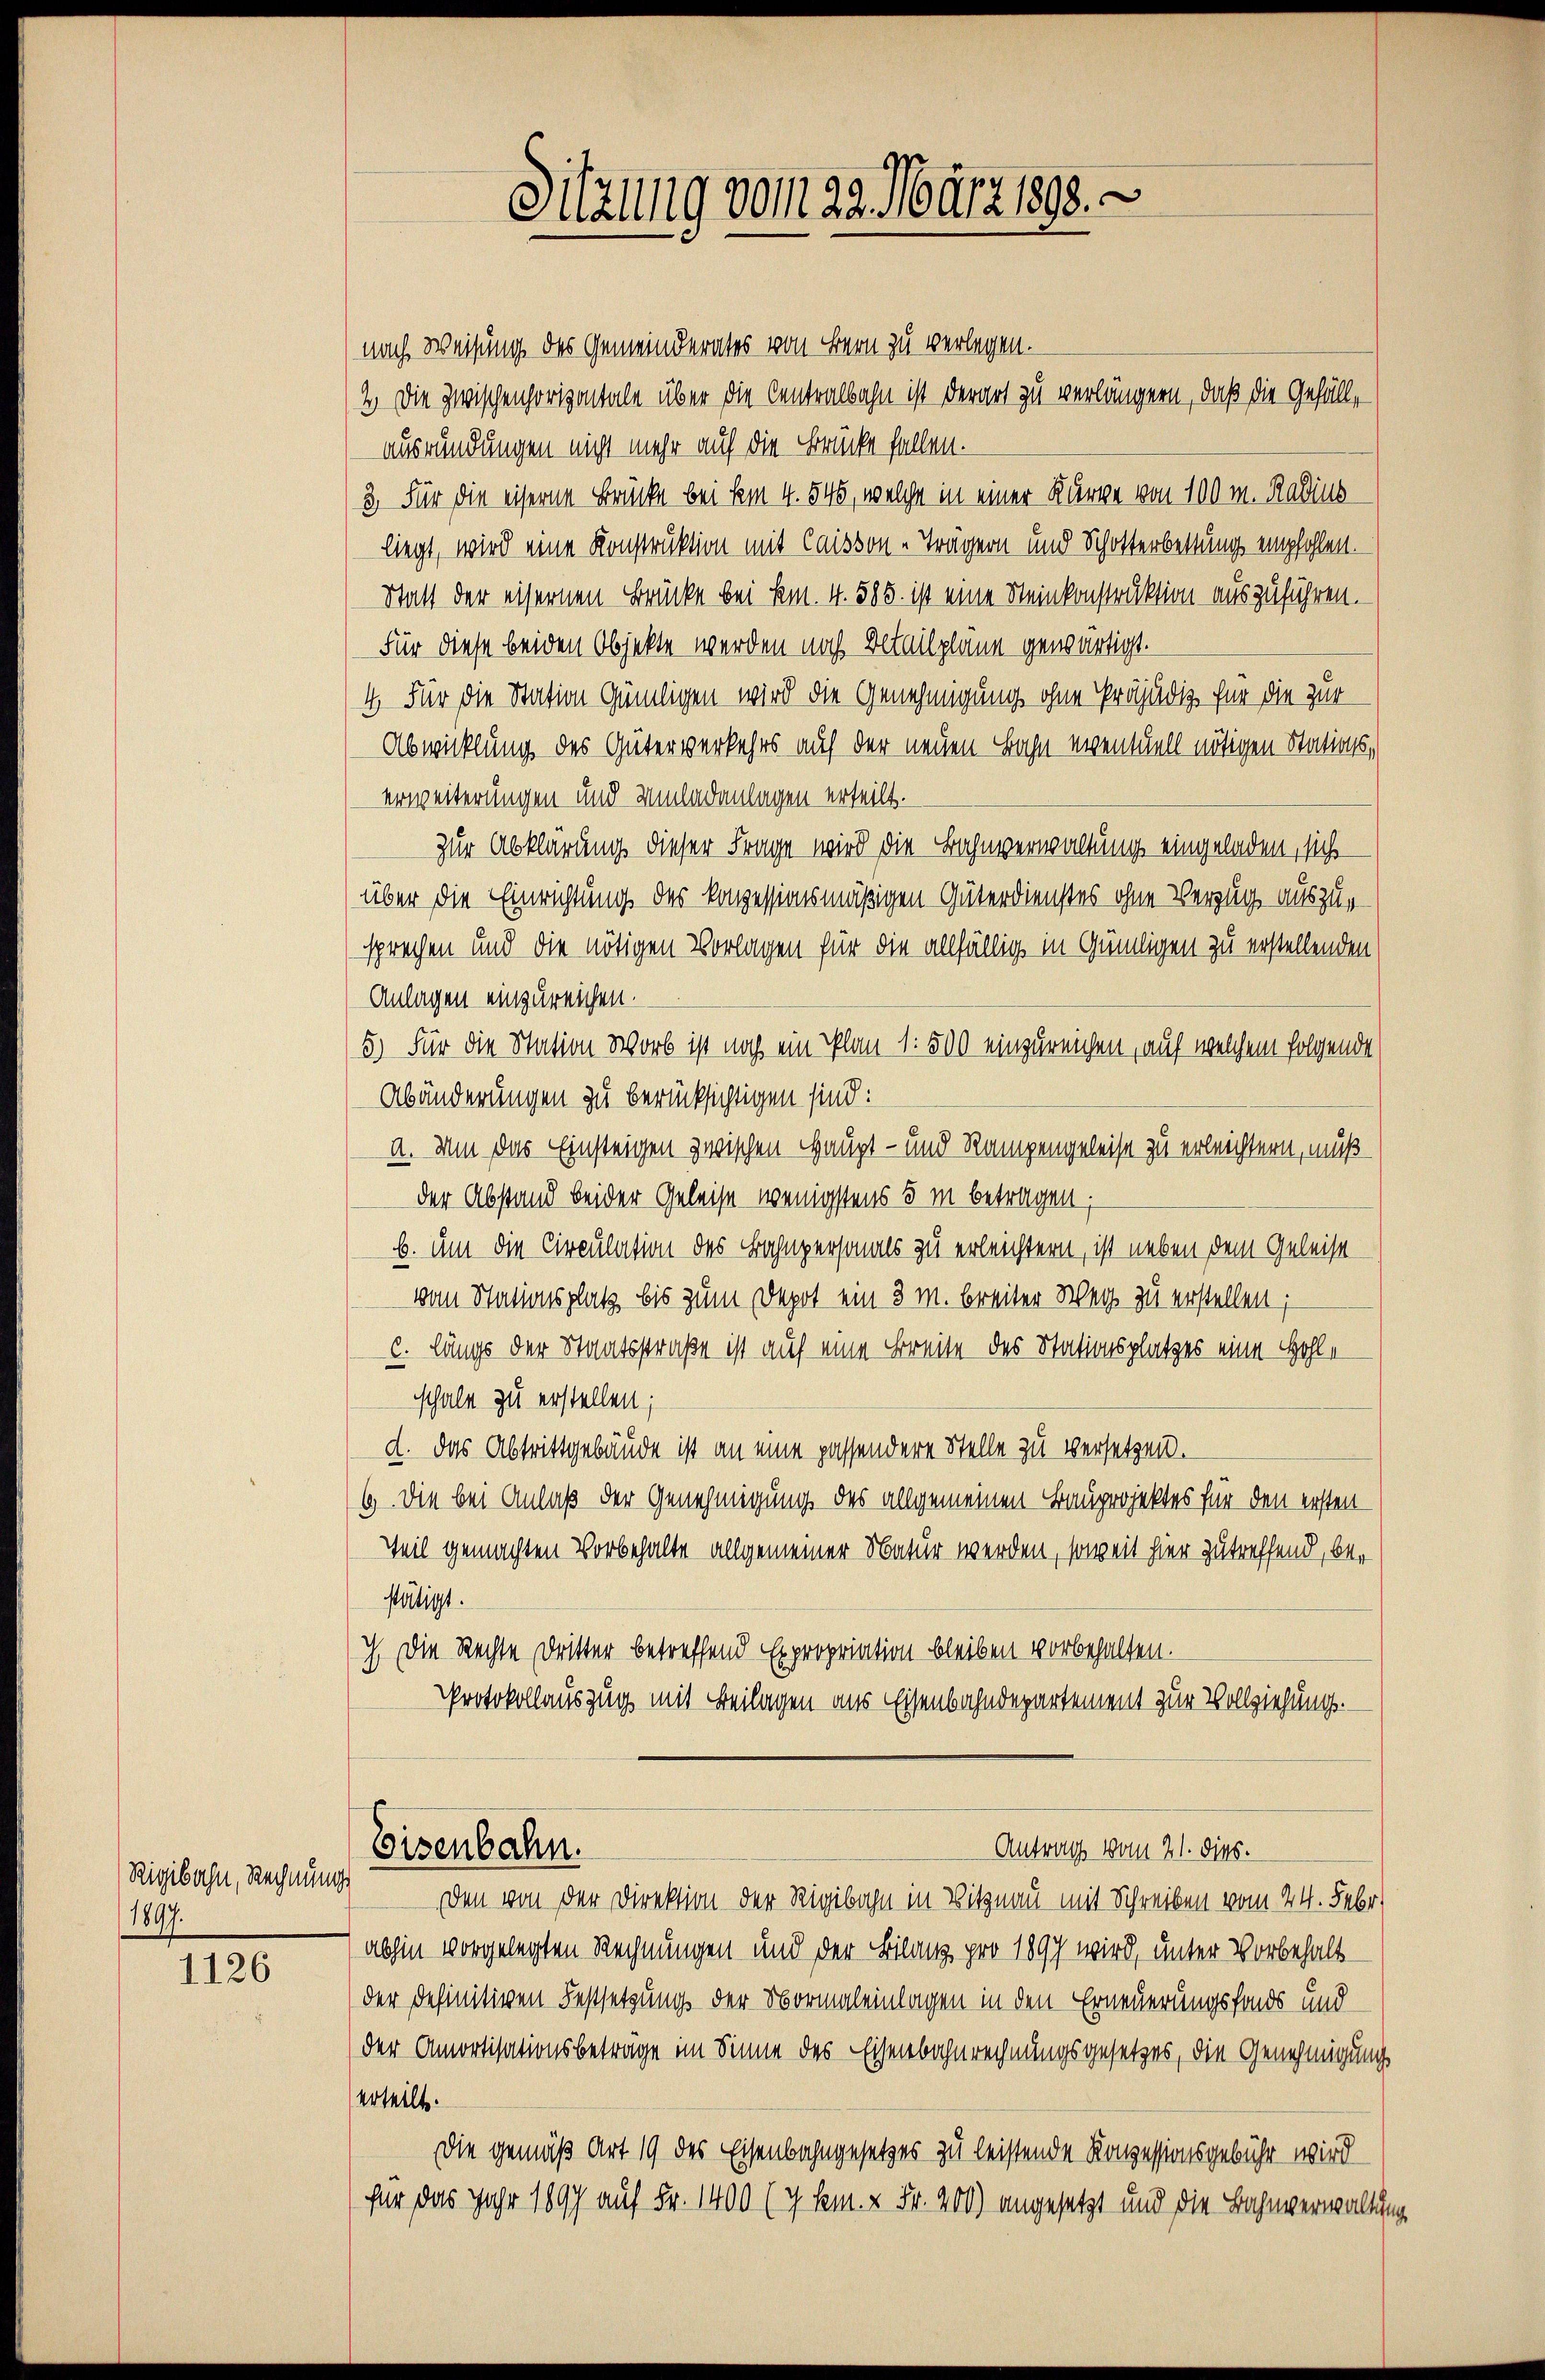
Rigibahn, Rechnungs
1897.

1126

nach Weisung des Gemeinderates von Bern zu verlegen.
2. Die zwischenhorizontale über die Centralbahn ist derart zu verlängern, daß die Gefällausrundungen nicht mehr auf die Brücke fallen.
3. Für die eiserne Brücke bei dem 4. 545, welche in einer Kurve von 100 m. Radius
liegt, wird eine Konstruktion mit Caisson Trägern und Schotterbestung empfohlen.
Statt der eisernen Brücke bei Em. 4. 585. ist eine Steinkonstruktion auszuführen.
Für diese beiden Objekte werden noch Betailpläne gewärtigt.
4. Für die Station gümlichen wird die Genehmigung ohne Präjudiz für die zur
Abwicklung des Güterverkehrs auf der neuen Bahn eventuell nötigen Stationserweiterungen und Umladenlagen erteilt.
zur Abklärung dieser Frage wird die Bahnverwaltung eingeladen, sich
über die Einrichtung des konzessionsmäßigen Güterdienstes ohne Verzug auszusprechen und die nötigen Vorlagen für die allfällig in Gündigen zu erstellenden
Anlagen einzureichen.
5.) Für die Nation Worb ist noch ein Plan 1. 500 einzureichen, auf welchem folgende
Abänderungen zu berücksichtigen sind:
a. Um das Einsteigen zwischen Haupt- und Rampengeleise zu erleichtern, muß
der Abstand beider Geleise wenigstens 5 in betragen;
b. um die Circulation des Bahnpersonals zu erleichtern, ist neben dem Geleise
vom Stationsplatz bis zum Depot ein 3 m breiter Weg zu erstellen;
c. längs der Staatsstraße ist auf eine Breite des Stationsplatzes eine Hohle
schale zu erstellen;
d. Das Abtrittgebäude ist an eine passendere Stelle zu versetzen.
6. Die bei Anlaß der Genehmigung des allgemeinen Bauprojektes für den ersten
Teil gemachten Vorbehalte allgemeiner Natur werden, soweit hier zutreffend, bestätigt.
ch die Rechte Dritter betreffend Expropriation bleiben vorbehalten.
Protokollauszug mit Beilagen aus Eisenbahndepartement zur Vollziehungs¬

Sitzung vom 29. März 1893.

Antrag vom 21. dies.
Eisenbahn.

Den von der Direktion der Rigibahn in Vitznau mit Schreiben vom 24. Febr.
abhin vorgelegten Rechnungen und der Bilanz pro 1897 wird, unter Vorbehalt
der definitiven Festsetzung der Normaleinlagen in den Erneuerungsfonds und
der Amortisationsbeträge im Sinne des Eisenbahnrechnungsgesetzes, die Genehmigung
erteilt.
Die gemäß Art 19 des Eisenbahngesetzes zu leistende Konzessionsgebühr wird
für das Jahr 1897 auf Fr. 1400 (7 lem. v. Fr. 200) angesetzt und die Bahnverwaltung